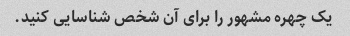
یک چهره مشهور را برای آن شخص شناسایی کنید.